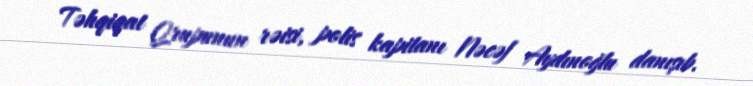
Təhqiqat Qrupunun rəisi, polis kapitanı Nəcəf Aydınoğlu danışıb.